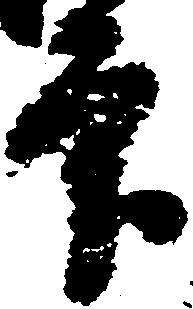
印